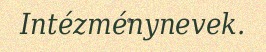
Intézménynevek.